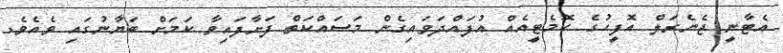
އެޓާނީ ޖެނެރަލް އޮފީހުގެ ކޮމެޓީއެއް އުފައްދަވައިގެން މަސައްކަތް ފަށާފައިވާ ކަމަށް ބަޔާނުގައި ވެއެވެ.